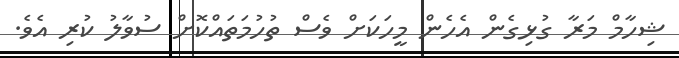
ޝިހާމް މަރާ ގުޅިގެން އެހެން މީހަކަށް ވެސް ތުހުމަތައްކޮށް ސުވާލު ކުރި އެވެ.